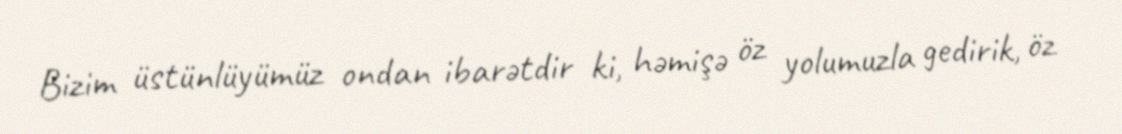
Bizim üstünlüyümüz ondan ibarətdir ki, həmişə öz yolumuzla gedirik, öz